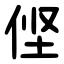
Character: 㑠